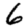
Digit: 6